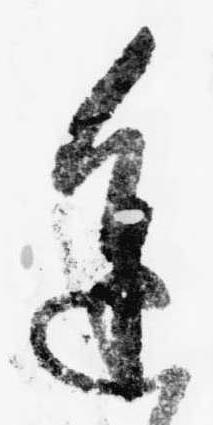
進